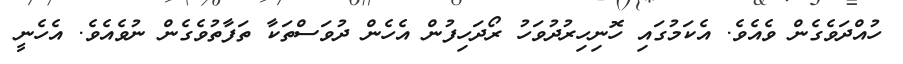
ހުއްދަވެގެން ވެއެވެ. އެކަމުގައި ހޮނިހިރުދުވަހު ރޯދަހިފުން އެހެން ދުވަސްތަކާ ތަފާތުވެގެން ނުވެއެވެ. އެހެނީ